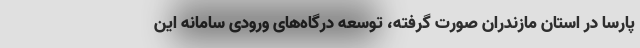
پارسا در استان مازندران صورت گرفته، توسعه درگاه‌های ورودی سامانه این